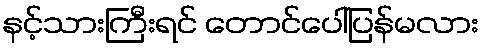
နင့်သားကြီးရင် တောင်ပေါ်ပြန်မလား